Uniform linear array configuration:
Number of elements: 4
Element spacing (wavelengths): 0.75
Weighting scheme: cosine
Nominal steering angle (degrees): -45
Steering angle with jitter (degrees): -43.929
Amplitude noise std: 0.05
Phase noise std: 0.05

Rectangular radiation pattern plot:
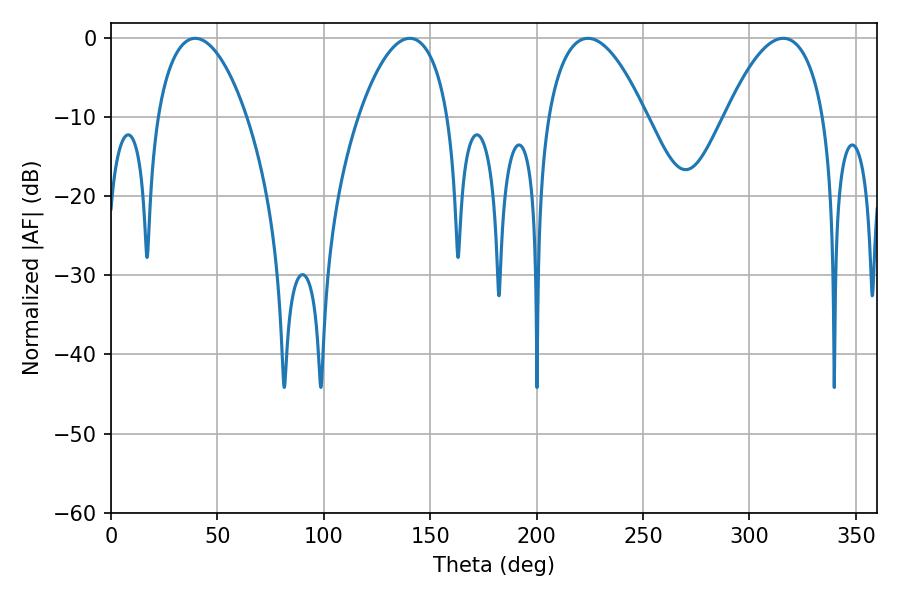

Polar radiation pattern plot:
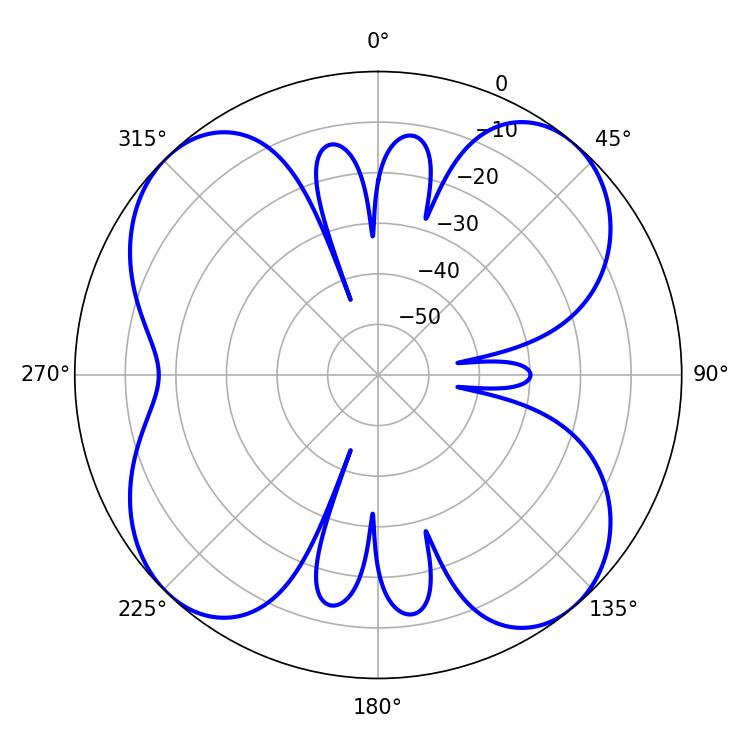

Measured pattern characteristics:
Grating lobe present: TRUE
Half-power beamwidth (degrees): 25.56
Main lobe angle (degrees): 224.1